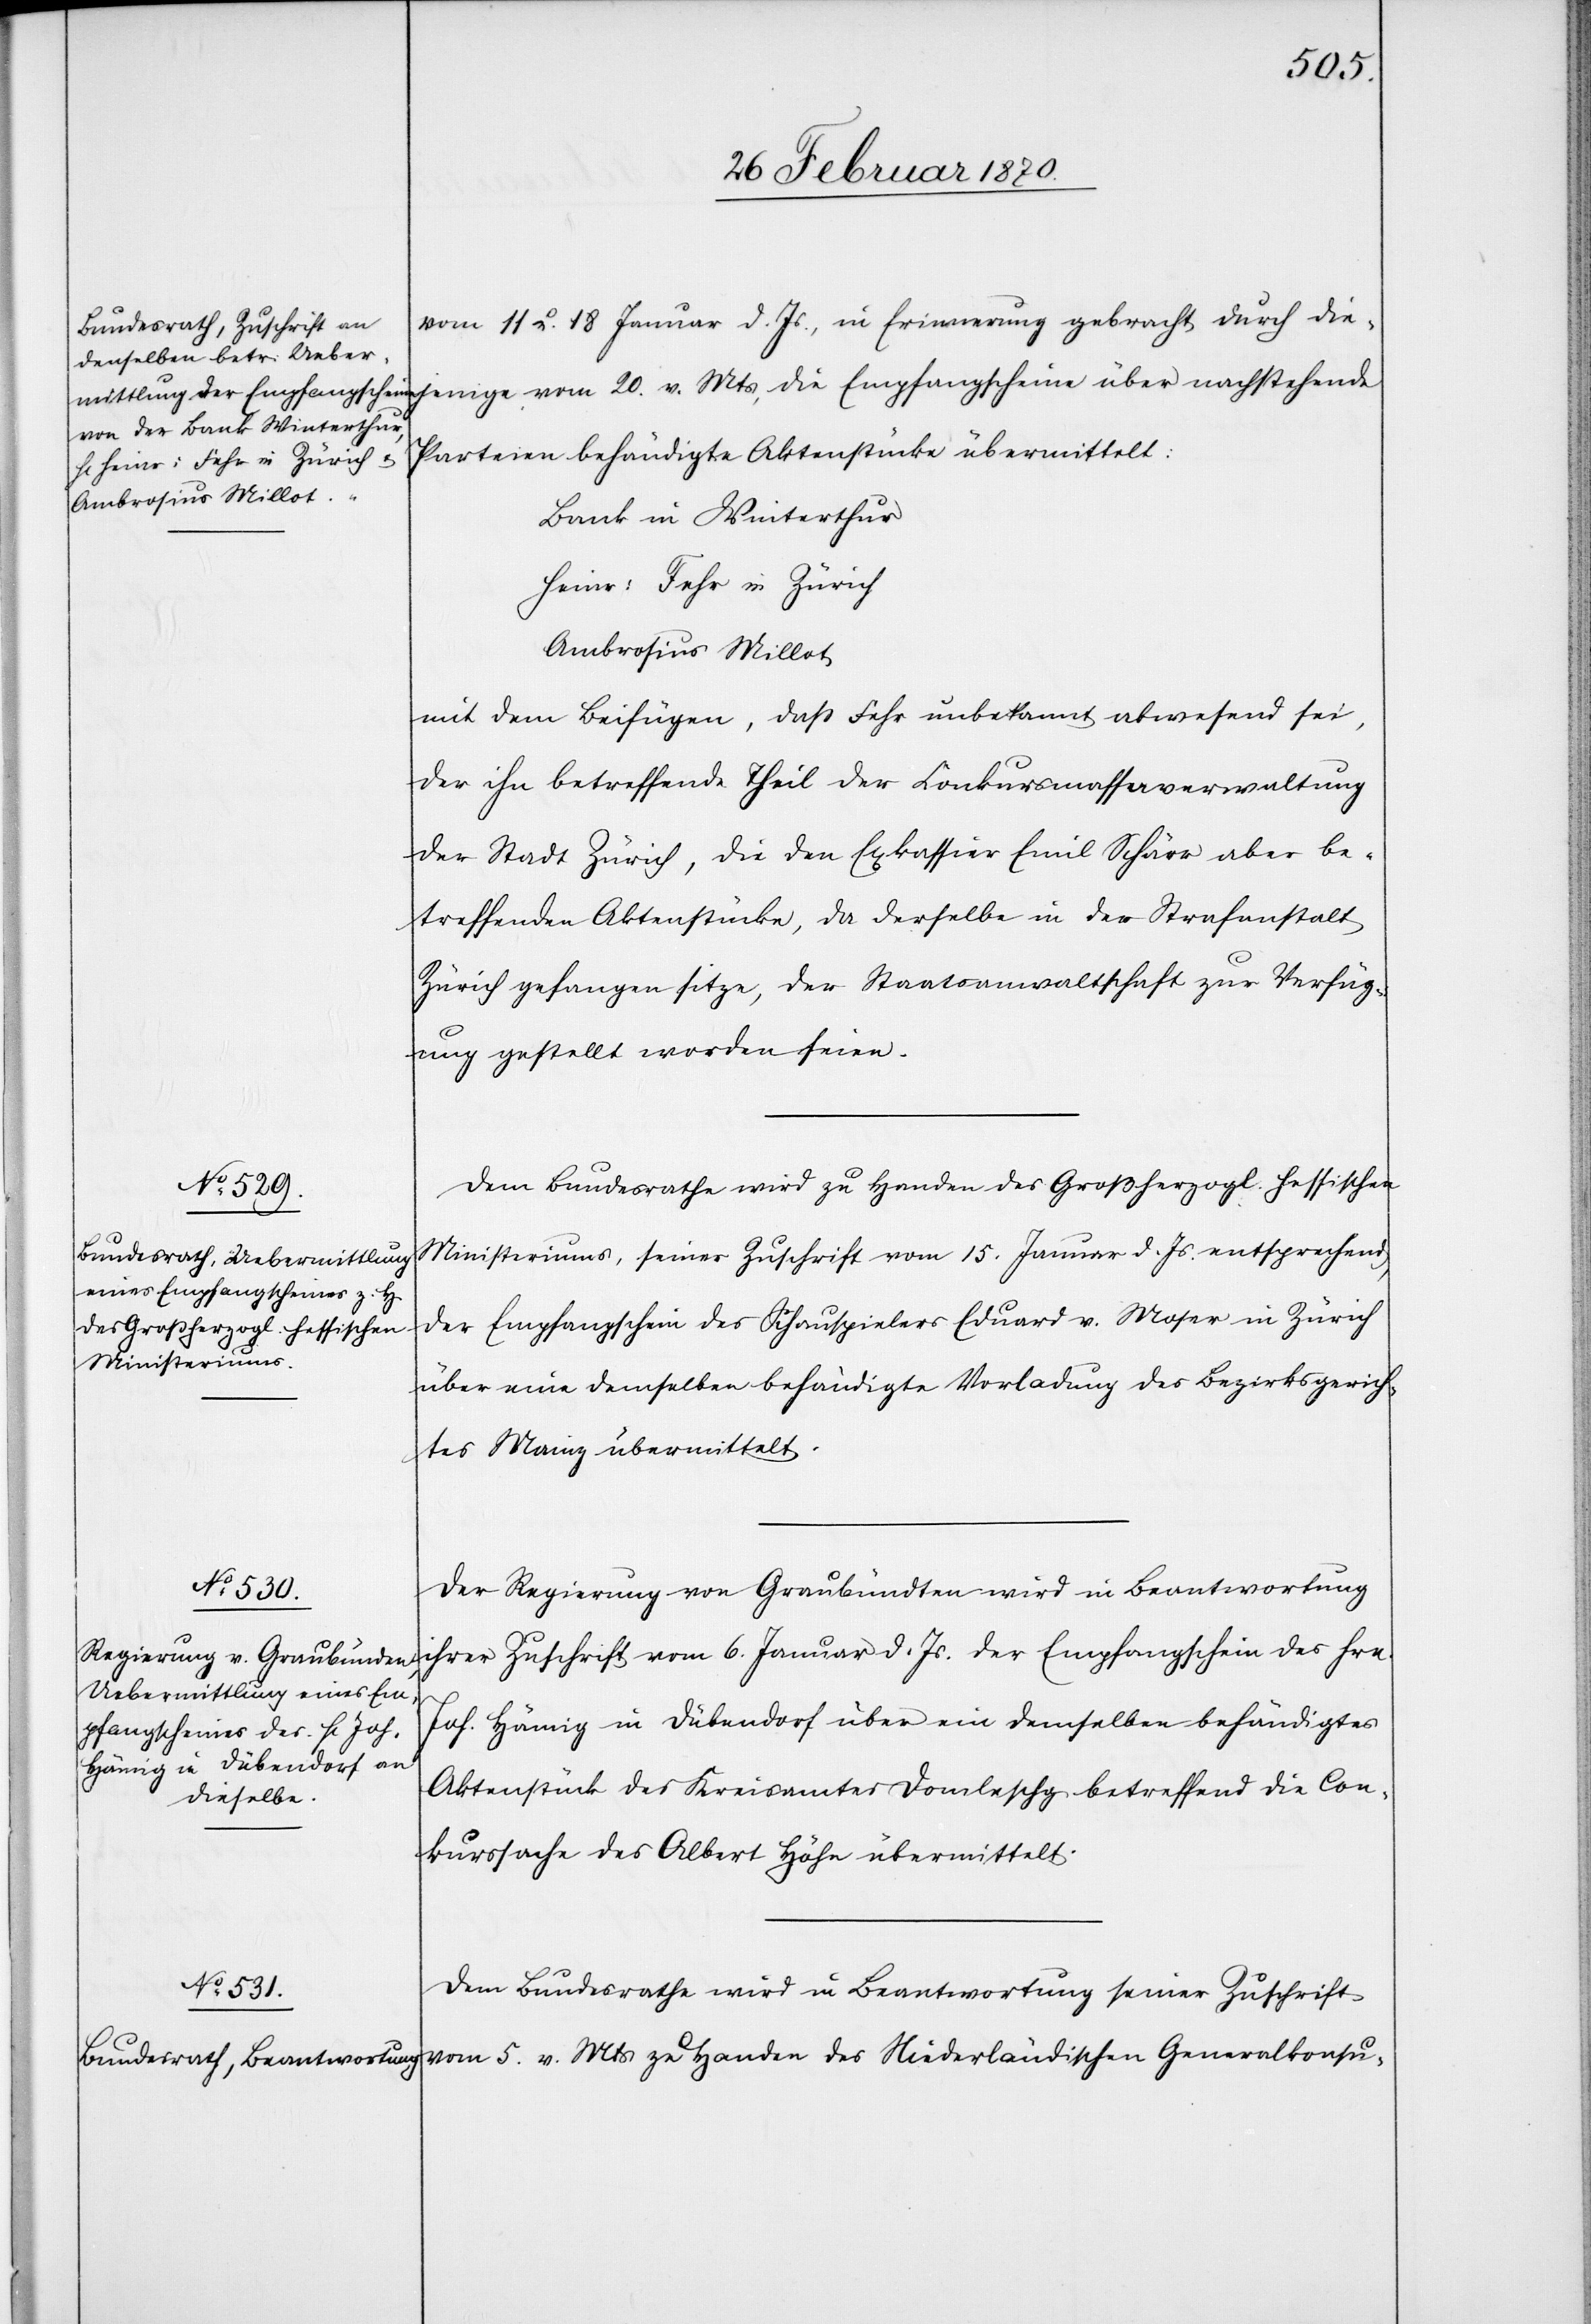
vom 11 u. 18 Januar d. Js., in Erinnerung gebracht durch die¬
jenige vom 20. v. Mts, die Empfangscheine über nachstehende
Parteien behändigte Aktenstücke übermittelt:
Bank in Winterthur
Heinr: Fehr in Zürich
Ambrosius Millot
mit dem Beifügen, daß Fehr unbekannt abwesend sei,
der ihn betreffende Theil der Conkursmassaverwaltung
der Stadt Zürich, die den Exkassier Emil Schärr aber be¬
treffenden Aktenstücke, da derselbe in der Strafanstalt
Zürich gefangen sitze, der Staatsanwaltschaft zur Verfüg¬
ung gestellt worden seien.
Dem Bundesrathe wird zu Handen des Großherzogl. hessischen
Ministeriums, seiner Zuschrift vom 15. Januar d. Js. entsprechend,
der Empfangschein des Schauspielers Eduard v. Moser in Zürich
über eine demselben behändigte Vorladung des Bezirksgerich¬
tes Mainz übermittelt.
Der Regierung von Graubünden wird in Beantwortung
ihrer Zuschrift vom 6. Januar d. Js. der Empfangschein des Hrn.
Joh. Hämig in Dübendorf über ein demselben behändigtes
Aktenstück des Kreisamtes Domleschg betreffend die Con¬
kurssache des Albert Höhn übermittelt.
Dem Bundesrathe wird in Beantwortung seiner Zuschrift
vom 5. v. Mts zu Handen des Niederländischen Generalkonsu-